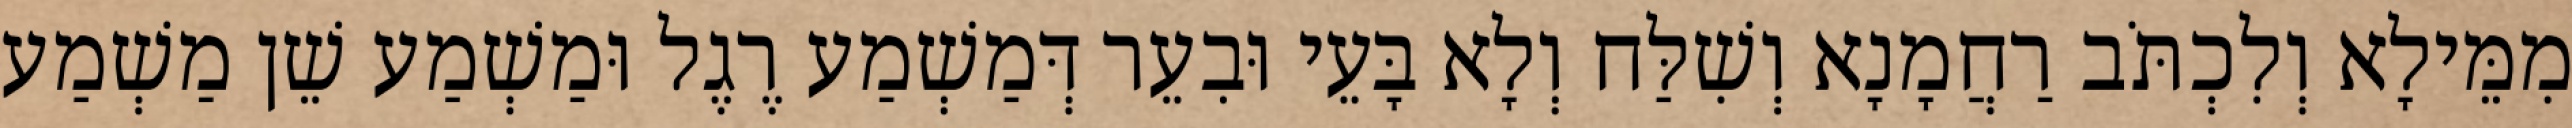
מִמֵּילָא וְלִכְתֹּב רַחֲמָנָא וְשִׁלַּח וְלָא בָּעֵי וּבִעֵר דְּמַשְׁמַע רֶגֶל וּמַשְׁמַע שֵׁן מַשְׁמַע